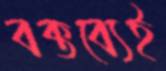
বক্তব্যেই